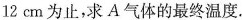
12cm为止，求A气体的最终温度.